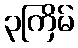
၃ကြိမ်